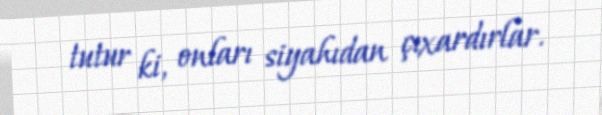
tutur ki, onları siyahıdan çıxardırlar.